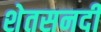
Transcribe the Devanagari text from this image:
शेतसनदी